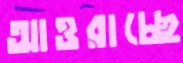
আওরাচ্ছে